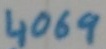
Text: 4069